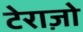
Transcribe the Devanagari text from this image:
टेराज़ो